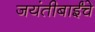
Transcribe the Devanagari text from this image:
जयंतीबाईंचे